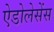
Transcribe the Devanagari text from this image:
ऐडोलेसेंस